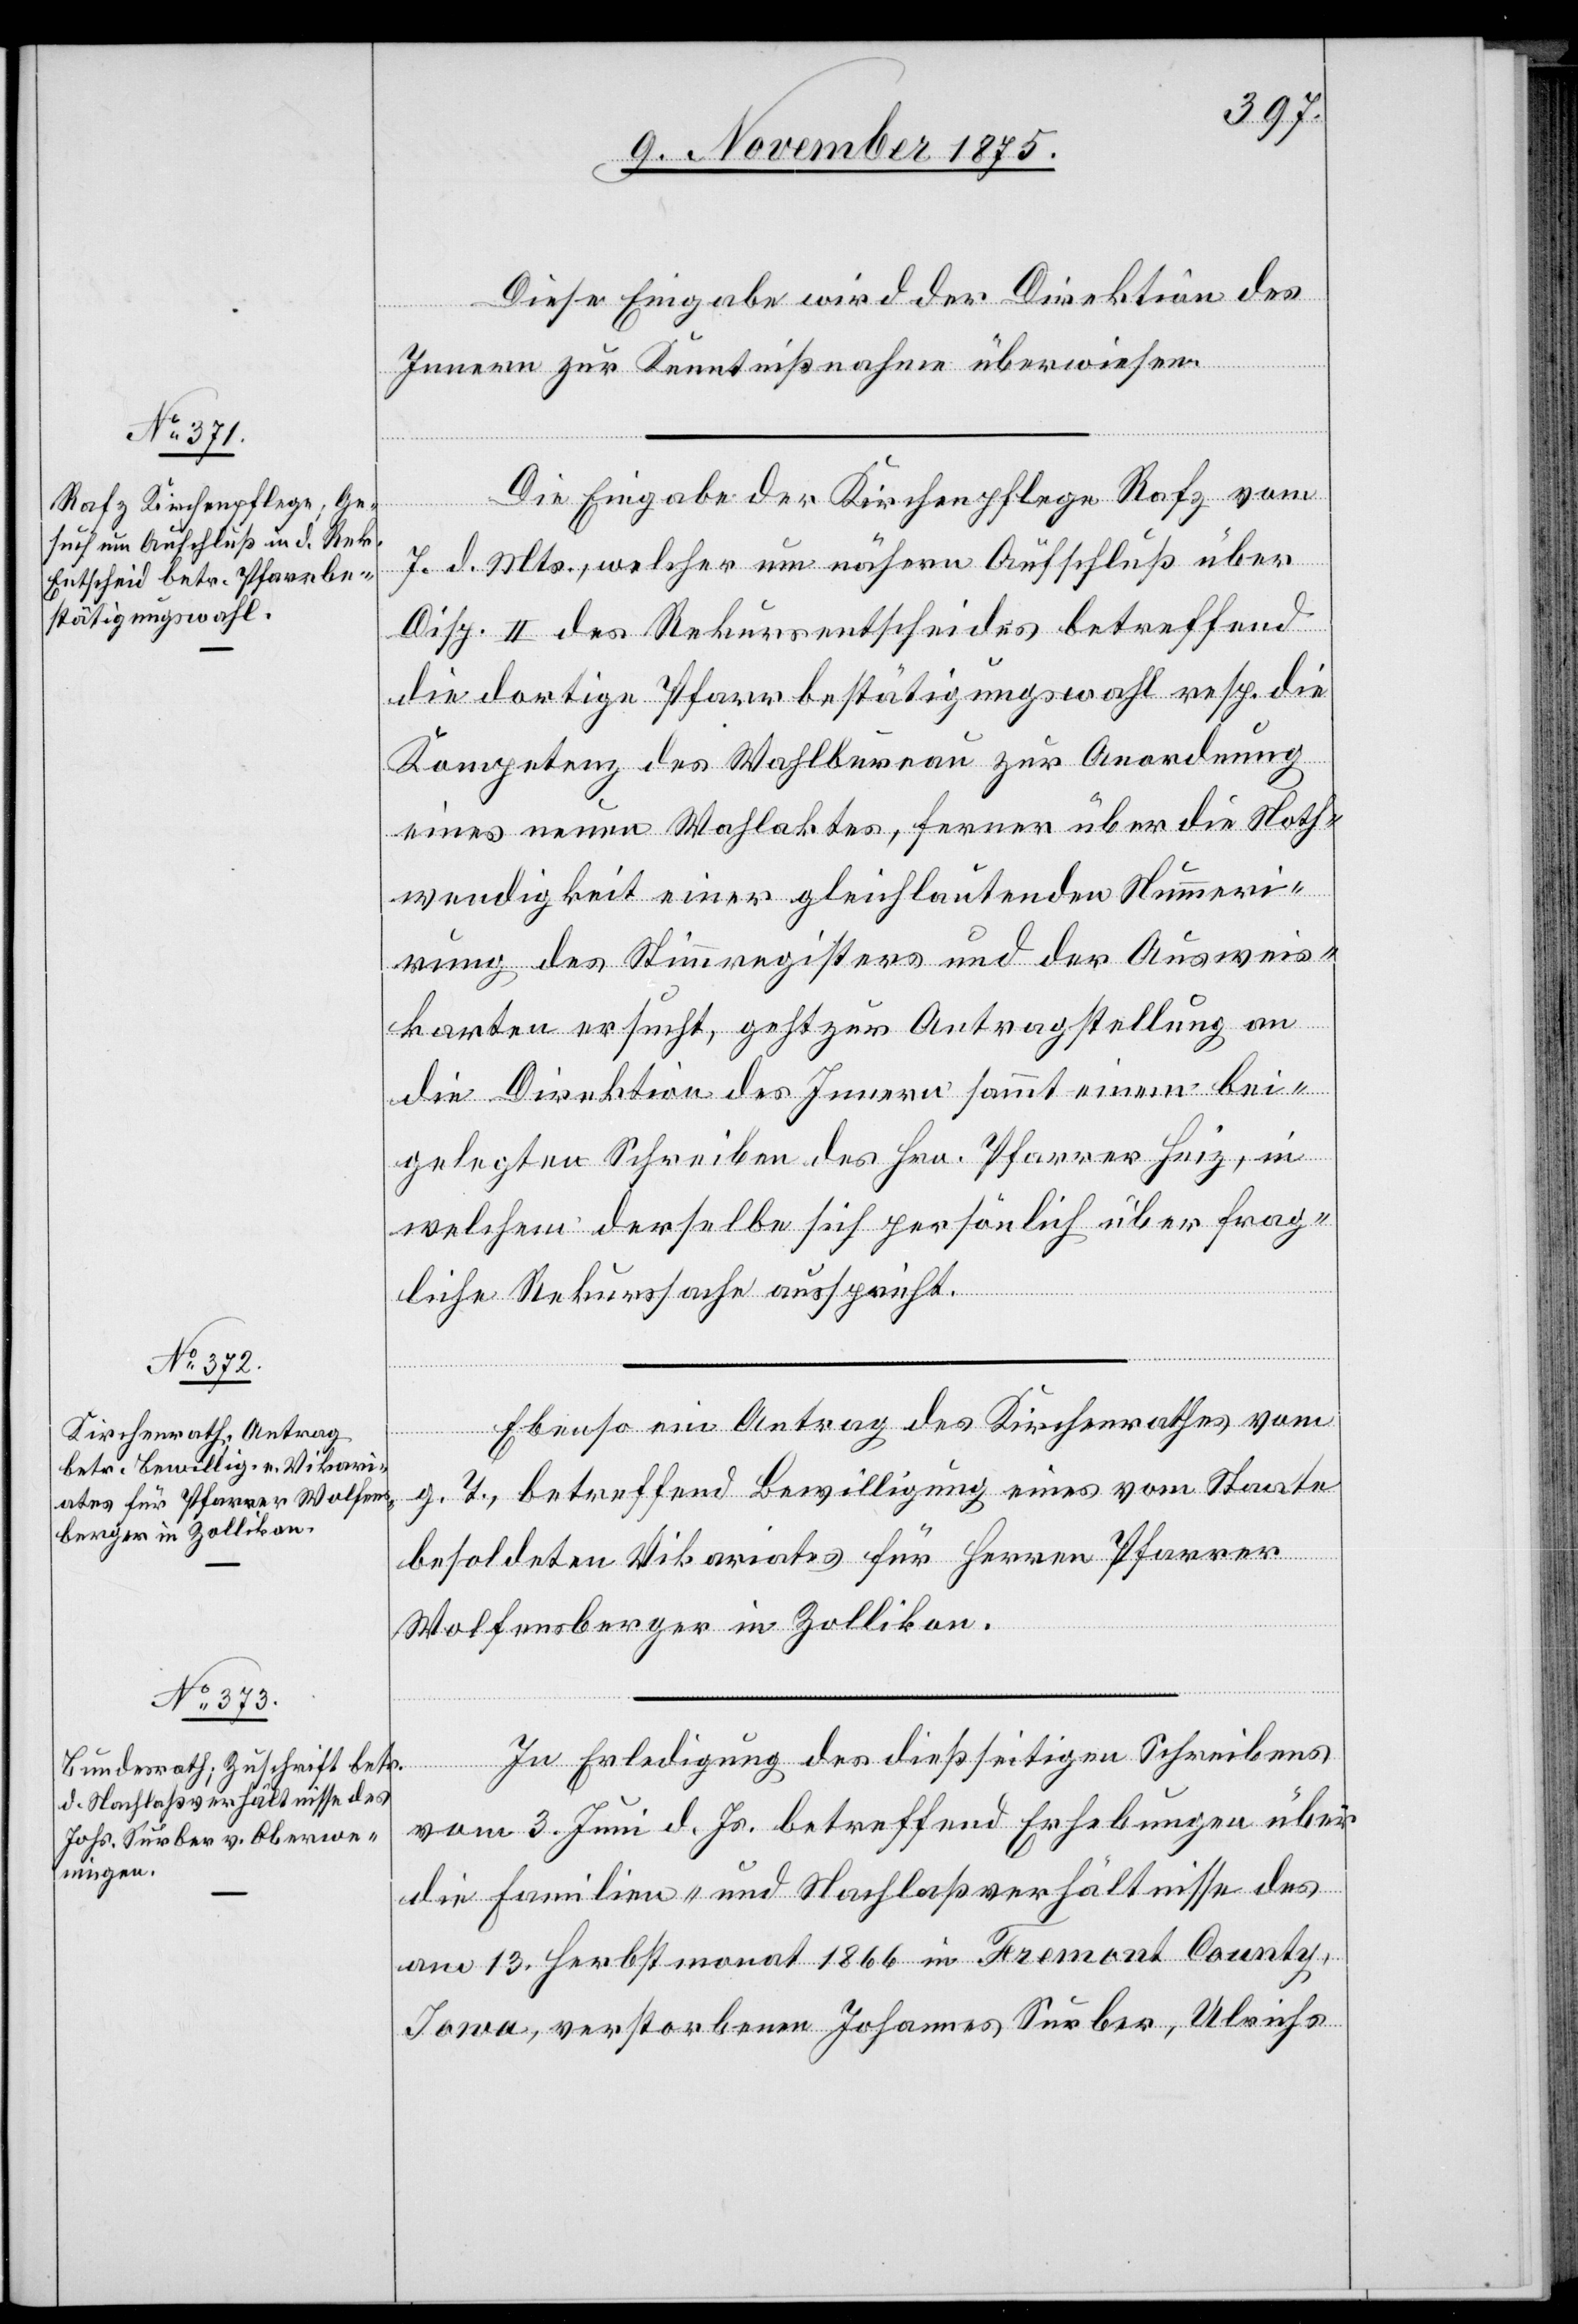
9. November 1875.]
Diese Eingabe wird der Direktion des
Innern zur Kenntnißnahme überwiesen.
Die Eingabe der Kirchenpflege Rafz vom
7. d. Mts., welcher um nähern Aufschluß über
Disp. II des Rekursentscheides betreffend
die dortige Pfarrbestätigungswahl resp. die
Kompetenz des Wahlbureau zur Anordnung
eines neuen Wahlaktes, ferner über die Noth¬
wendigkeit einer gleichlautenden Nummeri¬
rung des Stimmregisters und der Ausweis¬
karten ersucht, geht zur Antragstellung an
die Direktion des Innern sammt einem bei¬
gelegten Schreiben des Hrn. Pfarrer Heiz, in
welchem derselbe sich persönlich über frag¬
liche Rekurssache ausspricht.
Ebenso ein Antrag des Kirchenrathes vom
T., betreffend Bewilligung eines vom Staate
g.
besoldeten Vikariates für Herren [sic!] Pfarrer
Wolfensberger in Zollikon.
In Erledigung des dießseitigen Schreibens
vom 3. Juni d. Js. betreffend Erhebungen über
die Familien- und Nachlaßverhältnisse des
am 13. Herbstmonat 1866 in Fremont County,
Iowa, verstorbenen Johannes Surber, Ulrichs